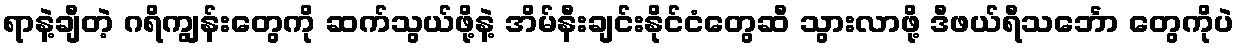
ရာနဲ့ချီတဲ့ ဂရိကျွန်းတွေကို ဆက်သွယ်ဖို့နဲ့ အိမ်နီးချင်းနိုင်ငံတွေဆီ သွားလာဖို့ ဒီဖယ်ရီသင်္ဘော တွေကိုပဲ